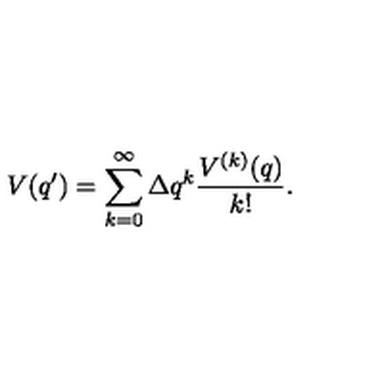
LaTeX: V ( q ^ { \prime } ) = \sum _ { k = 0 } ^ { \infty } \Delta q ^ { k } \frac { V ^ { ( k ) } ( q ) } { k ! } .